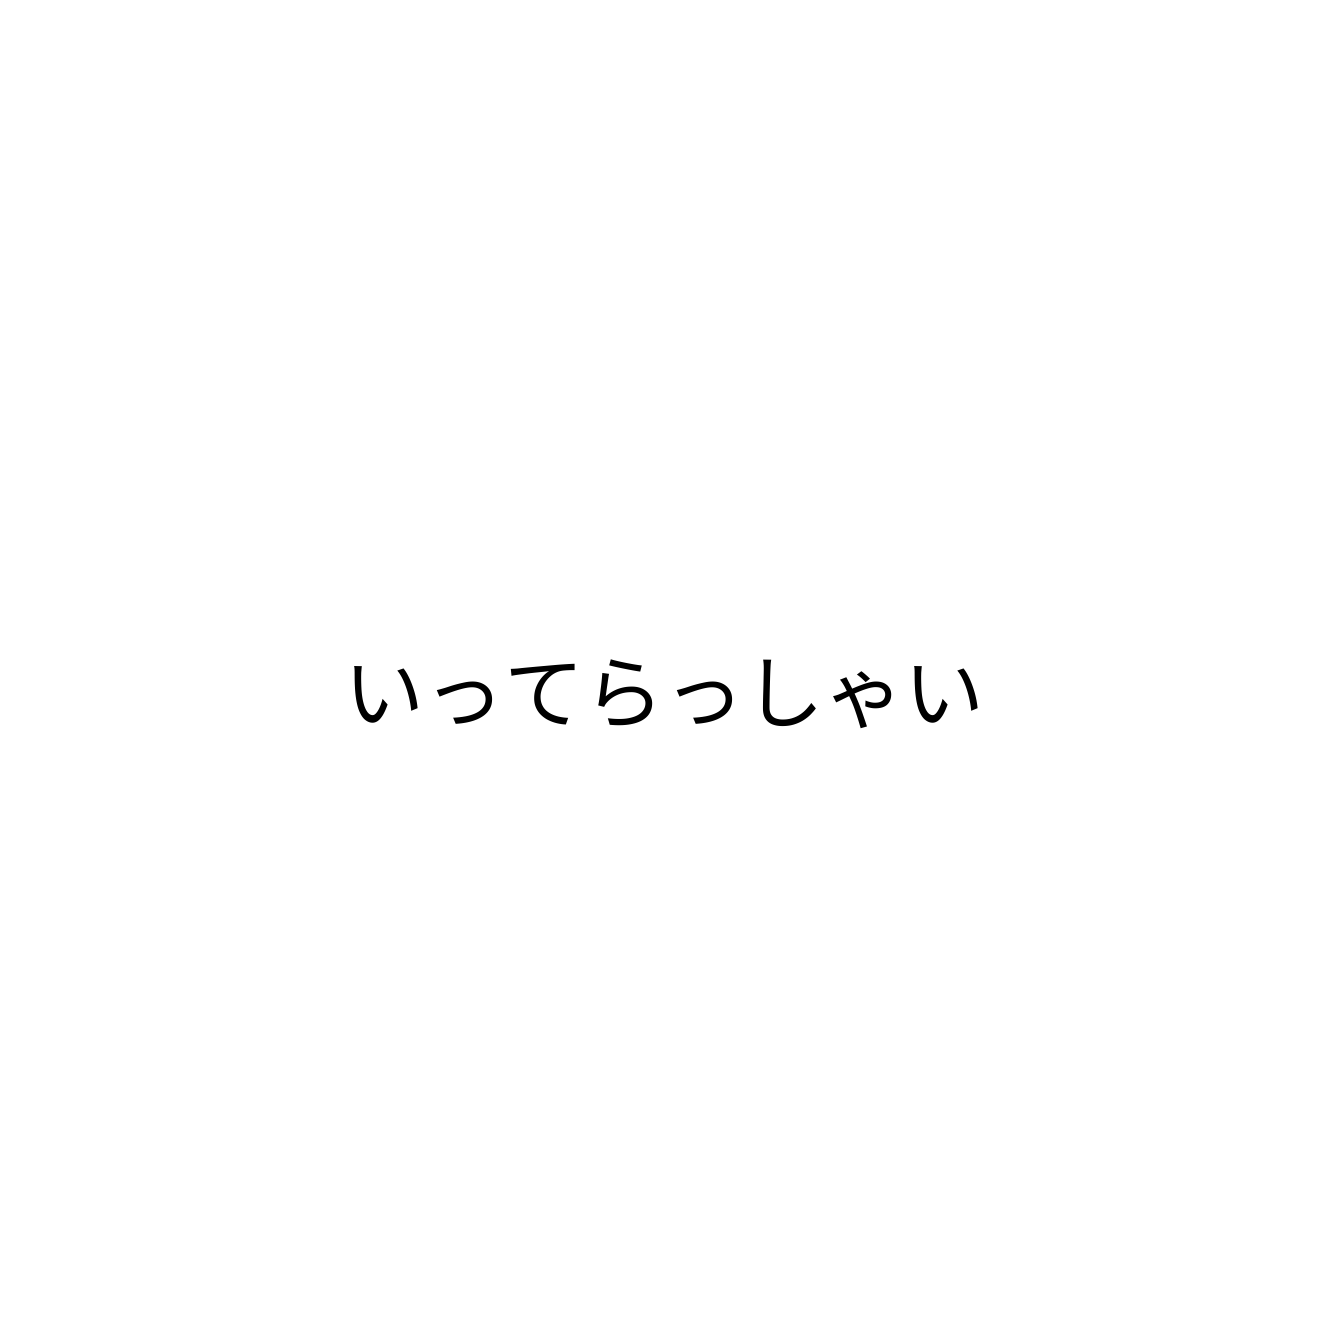
いってらっしゃい